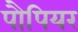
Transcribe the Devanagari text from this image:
पौपियर